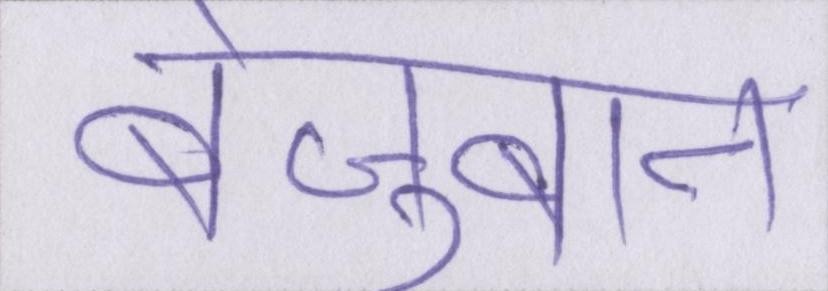
बेज़ुबान